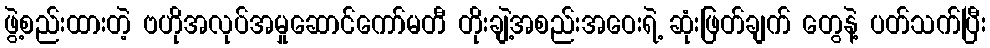
ဖွဲ့စည်းထားတဲ့ ဗဟိုအလုပ်အမှုဆောင်ကော်မတီ တိုးချဲ့အစည်းအဝေးရဲ့ ဆုံးဖြတ်ချက် တွေနဲ့ ပတ်သက်ပြီး